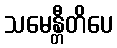
သမေန္တီတိပေ